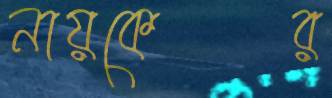
নায়কের